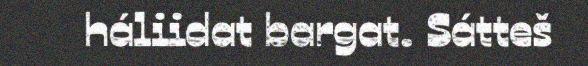
háliidat bargat. Sátteš